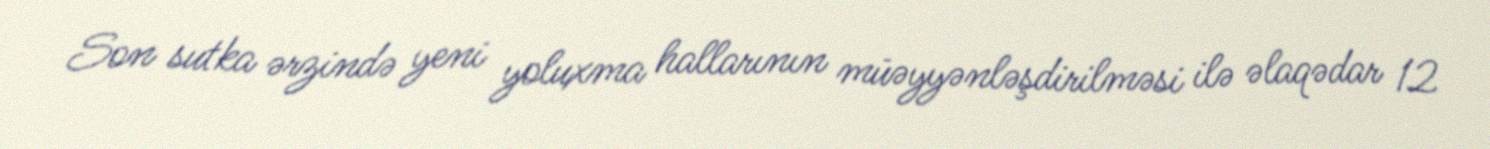
Son sutka ərzində yeni yoluxma hallarının müəyyənləşdirilməsi ilə əlaqədar 12